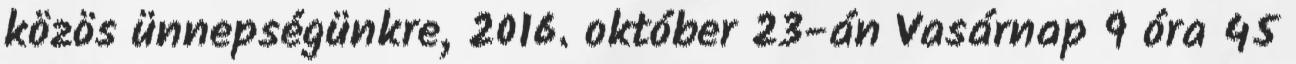
közös ünnepségünkre, 2016. október 23-án Vasárnap 9 óra 45